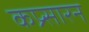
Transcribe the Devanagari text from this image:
कप्र्सारन